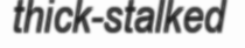
thick-stalked